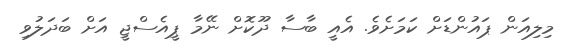
މިލިއަން ޕައުންޑަށް ކަމަށެވެ. އެއީ ބާސާ ދޫކޮށް ނޭމާ ޕީއެސްޖީ އަށް ބަދަލުވި